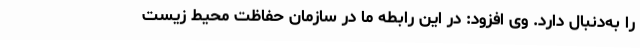
را به‌دنبال دارد. وی افزود: در این رابطه ما در سازمان حفاظت محیط زیست